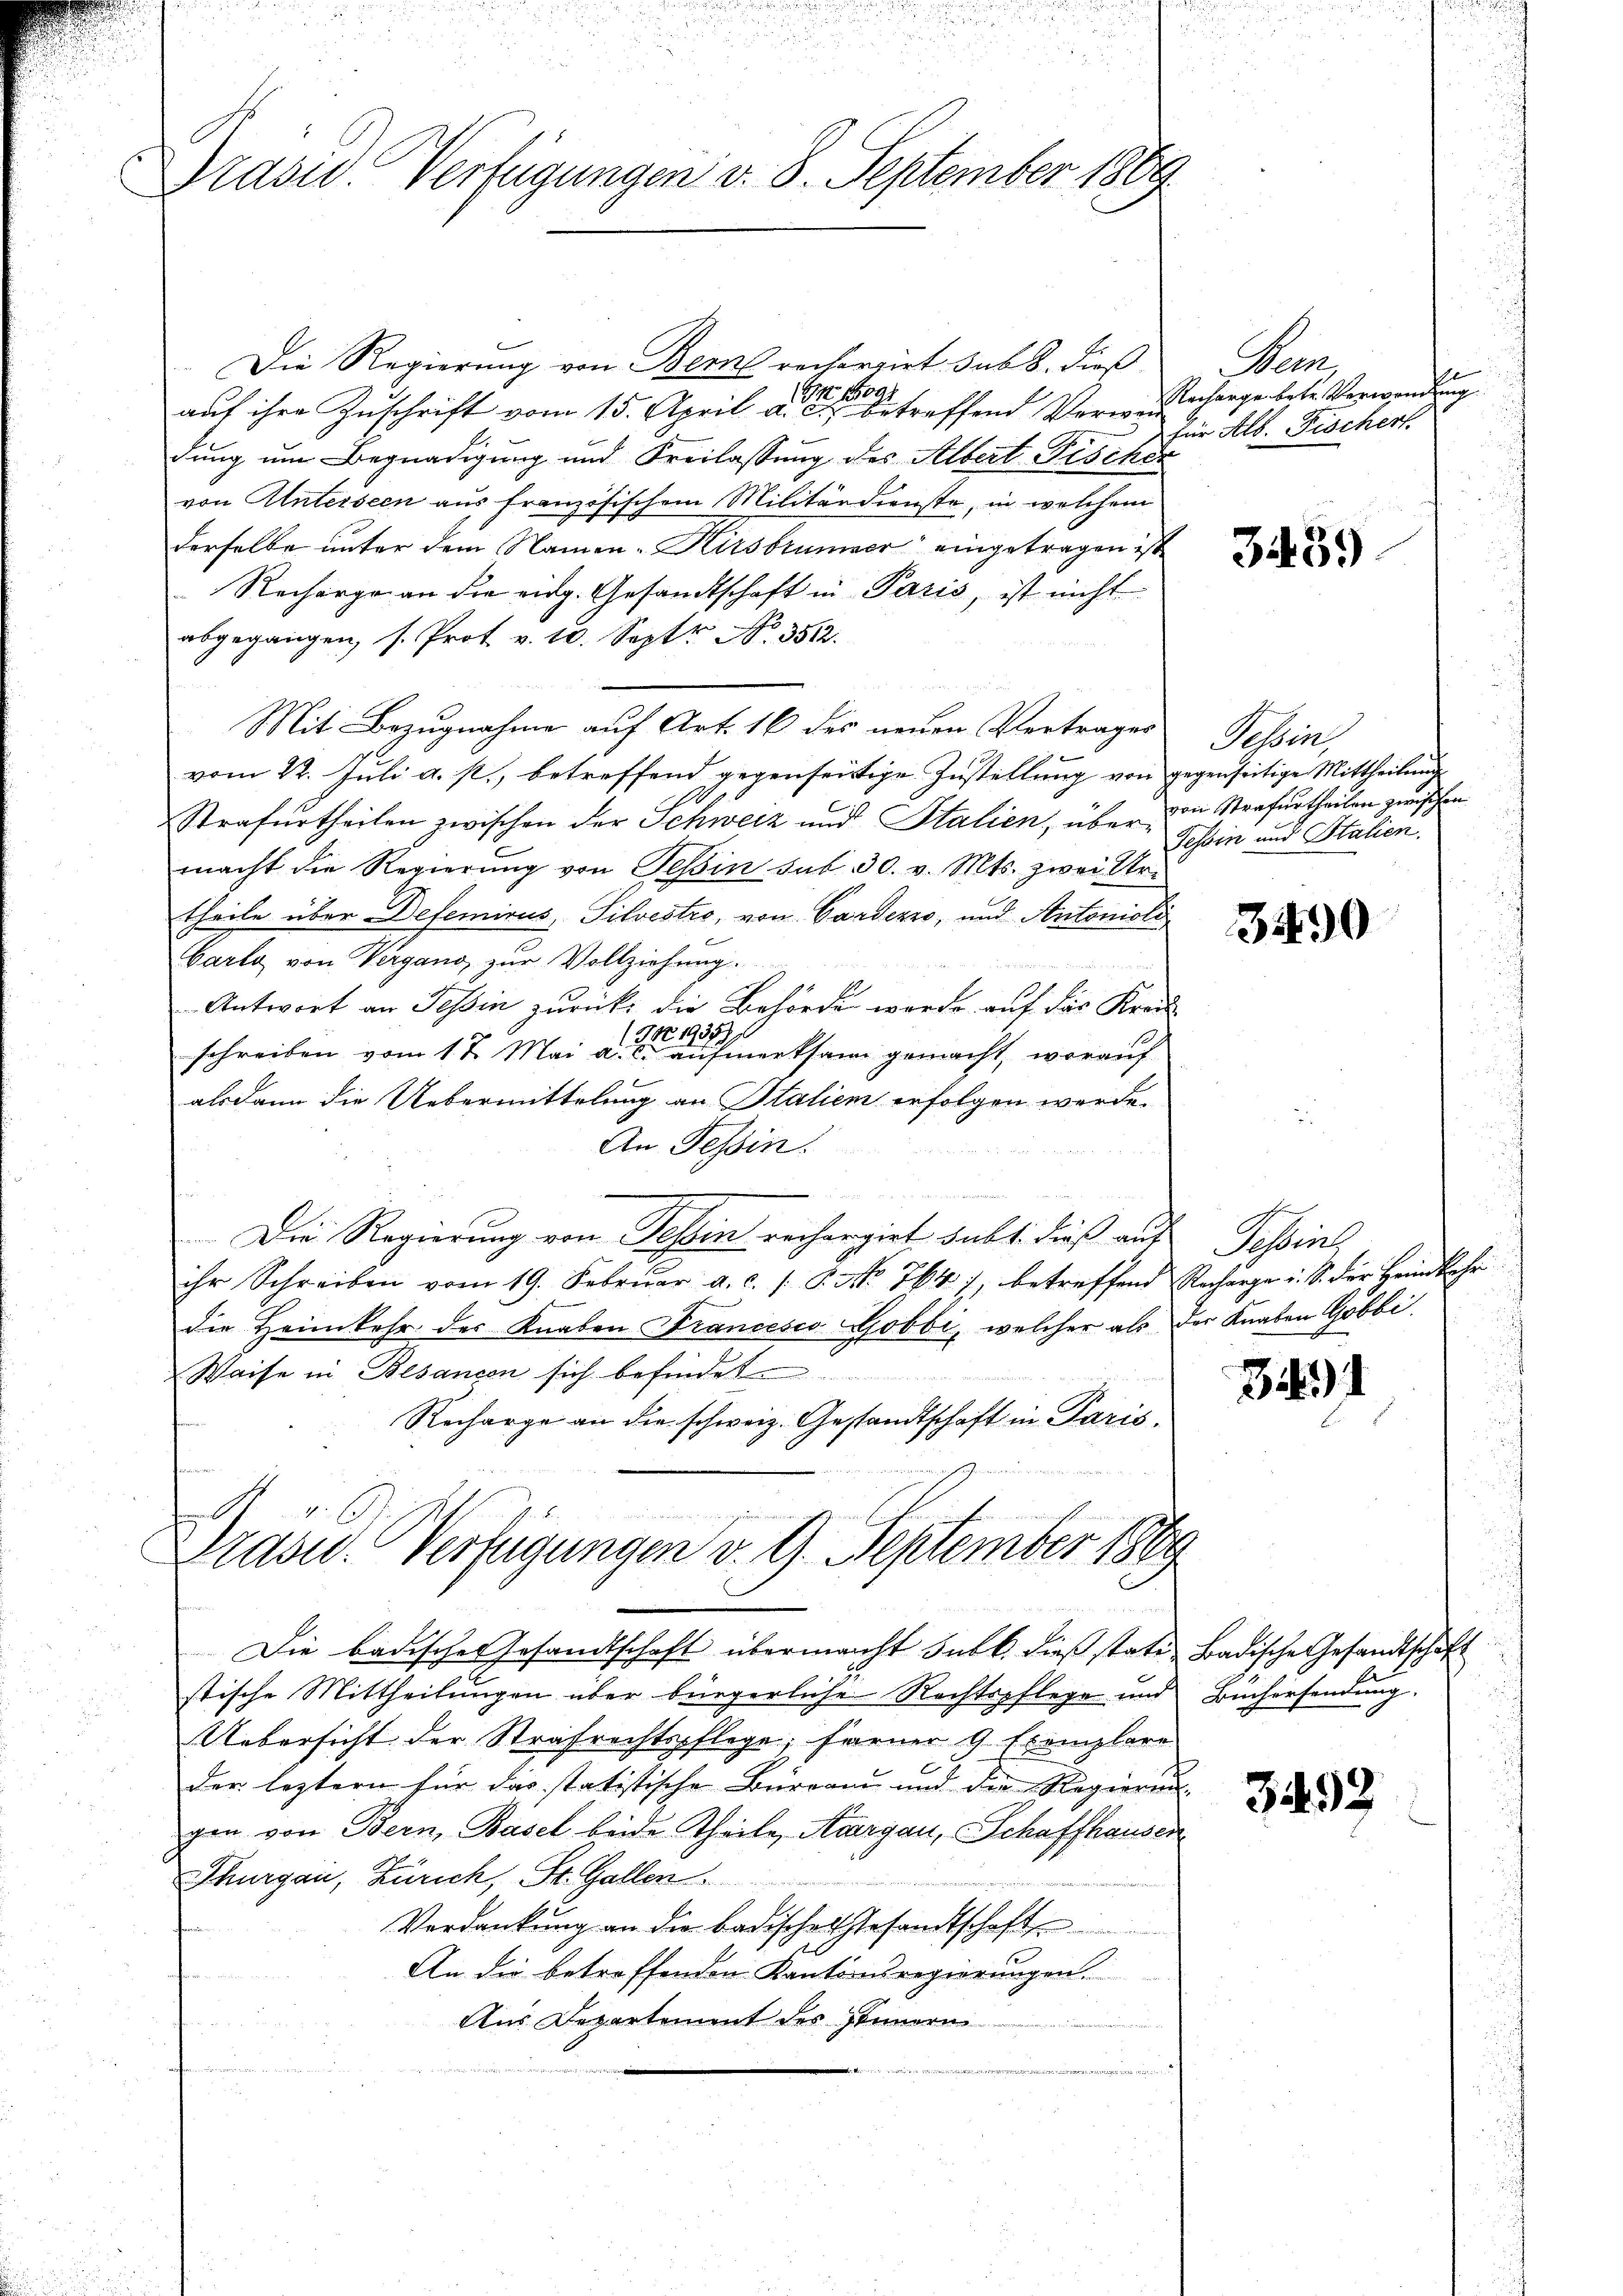
Drasid. Verfügungen d. 8. September 1869.

Die Regierung von Bern rechartirt sub 8. dieß
(Art. 1091
auf ihre Zuschrift vom 15. April a. c. betreffend Verwen
dung um Begnadigung und Freilassung des Albert Fischer
von Anteiseen aus französischem Militärdienste, in welchem
derselbe unter dem Namen- Kirsbrunner eingetragen ist
Recharge an die eidg. Gesandtschaft in Paris, ist nicht
abgegangen, s. Prot v. 10. Sept No. 3512.
Mit Bezugnahme auf Art. 16 des neuen Vertrages
vom 22. Juli a. p., betreffend gegenseitige Zustellung von gegenseitige Mittheilung
Strafurtheilen zwischen der Schweiz und Stalien, über von Strafurtheilen zwischen
macht die Regierŭng von Teßin sub. 30. v. Mts. zwei Ur-
theile über Defemirus, Silvestro, von Gardezzo, und Antonioli
barte von Vergang zur Vollziehung.
Antwort an Tessin zurück, die Behörde werde auf das Kreis-
382. 1935)
schreiben vom 1 t Mai a. c. aufmerksam gemacht, worauf
alsdann die Uebermittelung an Stalien erfolgen werde.
An Tessin!
Die Regierung von Tessin rechargirt habt, dies auf Pessine
ihr Schreiben vom 19. Febrŭar a. c. /: P. NNo. 764), betreffend Recharge u. S. der Heimkehr
die Heimkehr des Knaben Francesco Gobbi, welcher als der Knaben Gobbi
Waise in Besancen sich befindet
Recharge an die schweiz. Gestandtschaft in Paris.
Brasid. Verfügungen v. 9. September 1889
Die badisches Gesandtschaft übermacht subt. dieß stati-Badische Gesandtschaft
2.
stische Mittheilungen über bürgerliche Rechtspflege und Büchersendung.
Uebersicht der Strafrechtspflege; ferner 9 Exemplare
der leztern für das statistische Bureau und die Regierung- |
gen von Bern, Basel beide Theile, Aargau, Schaffhausen
Thurgau, Zürich, St. Gallen.
Verdankung an die Badische Gesandtschaft
An die betreffenden Kantonsregierungen
Aus Departement des Innern
i vernen

ae
Recharge betr. Verwendung
für Alb. Fischert.

3439

Tessin,
Tessin und Stalien.

3490

3)

3492